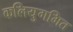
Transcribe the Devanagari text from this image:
कलियुगमित